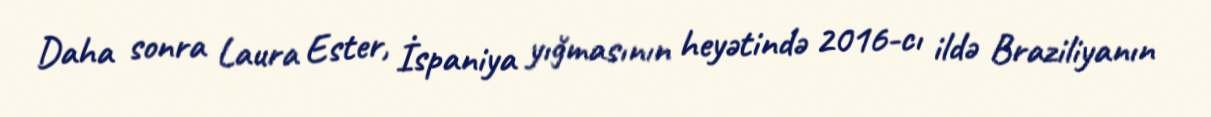
Daha sonra Laura Ester, İspaniya yığmasının heyətində 2016-cı ildə Braziliyanın